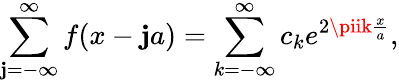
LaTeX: \sum_{\mathbf{j}=-\infty}^{\infty}f(x-\mathbf{j}a)=\sum_{k=-\infty}^{\infty}c_{k}e^{2\piik\frac{{x}}{{a}}},